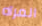
المرآه